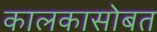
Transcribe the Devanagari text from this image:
कालकासोबत